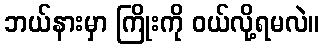
ဘယ်နားမှာ ကြိုးကို ဝယ်လို့ရမလဲ။